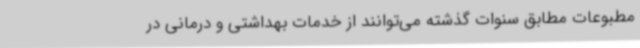
مطبوعات مطابق سنوات گذشته می‌توانند از خدمات بهداشتی و درمانی در